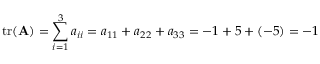
\operatorname { t r } ( \mathbf { A } ) = \sum _ { i = 1 } ^ { 3 } a _ { i i } = a _ { 1 1 } + a _ { 2 2 } + a _ { 3 3 } = - 1 + 5 + ( - 5 ) = - 1